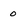
Character: o